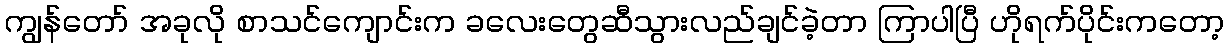
ကျွန်တော် အခုလို စာသင်ကျောင်းက ခလေးတွေဆီသွားလည်ချင်ခဲ့တာ ကြာပါပြီ ဟိုရက်ပိုင်းကတော့